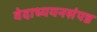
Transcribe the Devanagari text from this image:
वेदाध्ययनसंपन्न